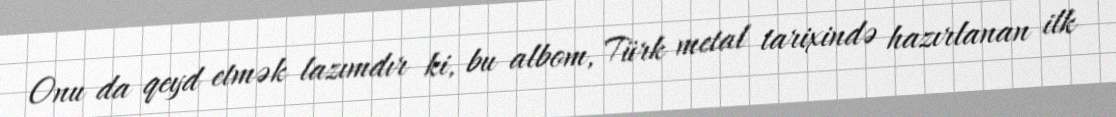
Onu da qeyd etmək lazımdır ki, bu albom, Türk metal tarixində hazırlanan ilk